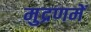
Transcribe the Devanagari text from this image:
मुद्रणमें